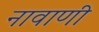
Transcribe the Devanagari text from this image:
नावाणी